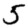
Digit: 5